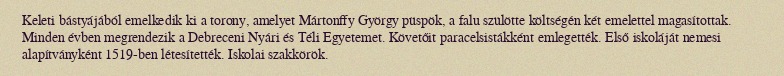
Keleti bástyájából emelkedik ki a torony, amelyet Mártonffy György püspök, a falu szülötte költségén két emelettel magasítottak. Minden évben megrendezik a Debreceni Nyári és Téli Egyetemet. Követőit paracelsistákként emlegették. Első iskoláját nemesi alapítványként 1519-ben létesítették. Iskolai szakkörök.